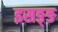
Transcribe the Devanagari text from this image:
इसङ्ङ